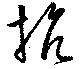
抗